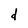
Character: d